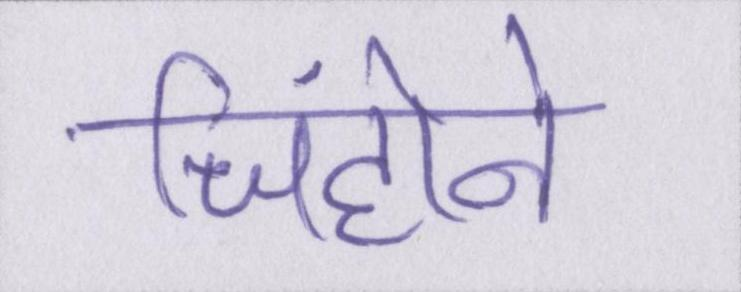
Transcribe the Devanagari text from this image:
जिंहोने